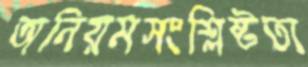
অনিয়মসংশ্লিষ্টতা